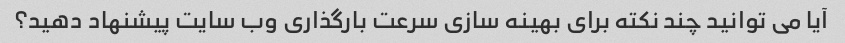
آیا می توانید چند نکته برای بهینه سازی سرعت بارگذاری وب سایت پیشنهاد دهید؟